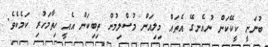
ބުނަނީ ކީކޭކަން ނުއެނގޭ އެތައް މިލިއަން މުސްލިމުން ތިބިކަން އެއީ ހިތާމަހުރި ކަމެކެވެ.